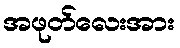
အဖုတ်လေးအား